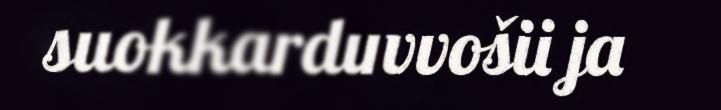
suokkarduvvošii ja